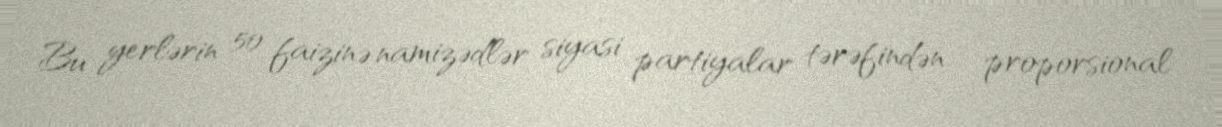
Bu yerlərin 50 faizinə namizədlər siyasi partiyalar tərəfindən - proporsional